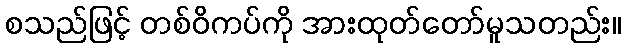
စသည်ဖြင့် တစ်ဝိကပ်ကို အားထုတ်တော်မူသတည်း။